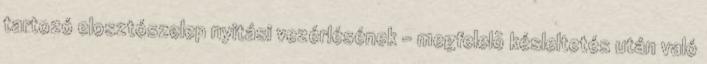
tartozó elosztószelep nyitási vezérlésének - megfelelõ késleltetés után való